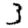
Digit: 3